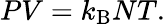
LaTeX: PV=k_{\mathrm{{B}}}NT.